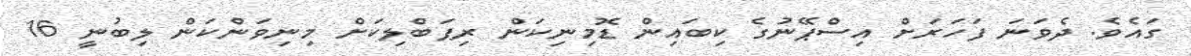
ގައެވެ. ދެވަނަ ފަހަރަށް އިސްޕޭނުގެ ކިބައިން ޑޮމިނިކަން ރިޕަބްލިކަށް މިނިވަންކަން ލިބުނީ 16